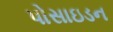
પોસાઇડન